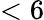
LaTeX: <6